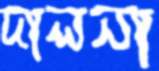
দালনা